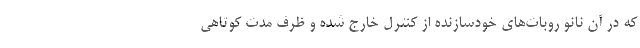
که در آن نانو روبات­های خودسازنده از کنترل خارج شده و ظرف مدت کوتاهی